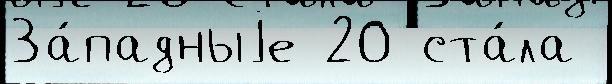
За́падныjе 20 ста́ла